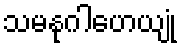
သမနုဂါဟေယျုံ